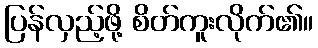
ပြန်လှည့်ဖို့ စိတ်ကူးလိုက်၏။